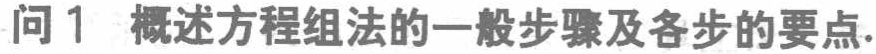
问1 概述方程组法的一般步骤及各步的要点.